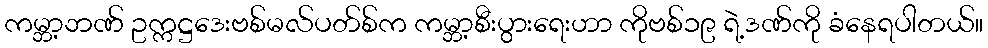
ကမ္ဘာ့ဘဏ် ဥက္ကဋ္ဌဒေးဗစ်မလ်ပတ်စ်က ကမ္ဘာ့စီးပွားရေးဟာ ကိုဗစ်၁၉ ရဲ့ဒဏ်ကို ခံနေရပါတယ်။